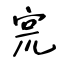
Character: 宺